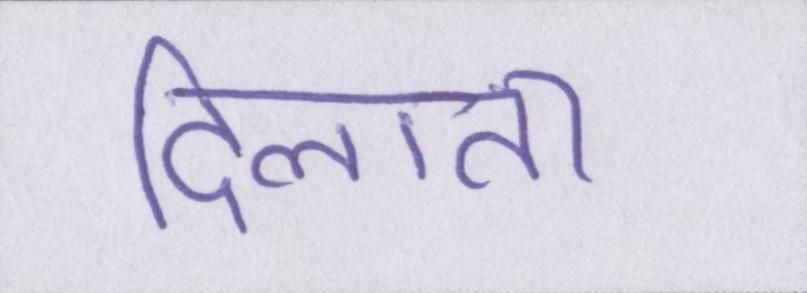
दिलाता